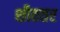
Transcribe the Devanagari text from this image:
शीततर